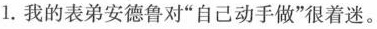
1.我的表弟安德鲁对”自己动手做”很着迷。